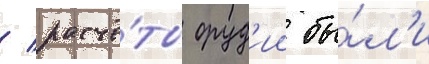
/ расчё́ты оруд'ии бы́л'и